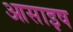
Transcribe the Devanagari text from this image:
आसाइष